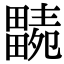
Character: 𤳭